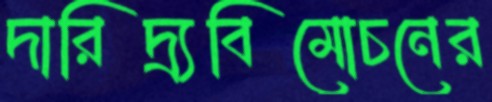
দারিদ্র্যবিমোচনের